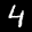
Label: 4